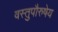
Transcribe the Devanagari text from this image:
वस्तुपौरुषेय